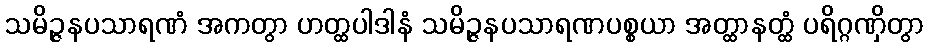
သမိဉ္ဇနပသာရဏံ အကတွာ ဟတ္ထပါဒါနံ သမိဉ္ဇနပသာရဏပစ္စယာ အတ္ထာနတ္ထံ ပရိဂ္ဂဏှိတွာ